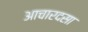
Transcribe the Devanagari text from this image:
आचारदसा